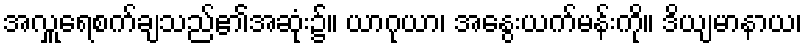
အလှူရေစက်ချသည်၏အဆုံး၌။ ယာဂုယာ၊ အနွေးယက်မန်းကို။ ဒိယျမာနာယ၊